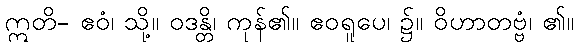
ဣတိ- ဧဝံ၊ သို့။ ဝဒန္တိ၊ ကုန်၏။ ဧဝရူပေ၊ ၌။ ဝိဟာတဗ္ဗံ၊ ၏။